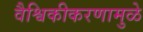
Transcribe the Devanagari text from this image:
वैश्विकीकरणामुळे